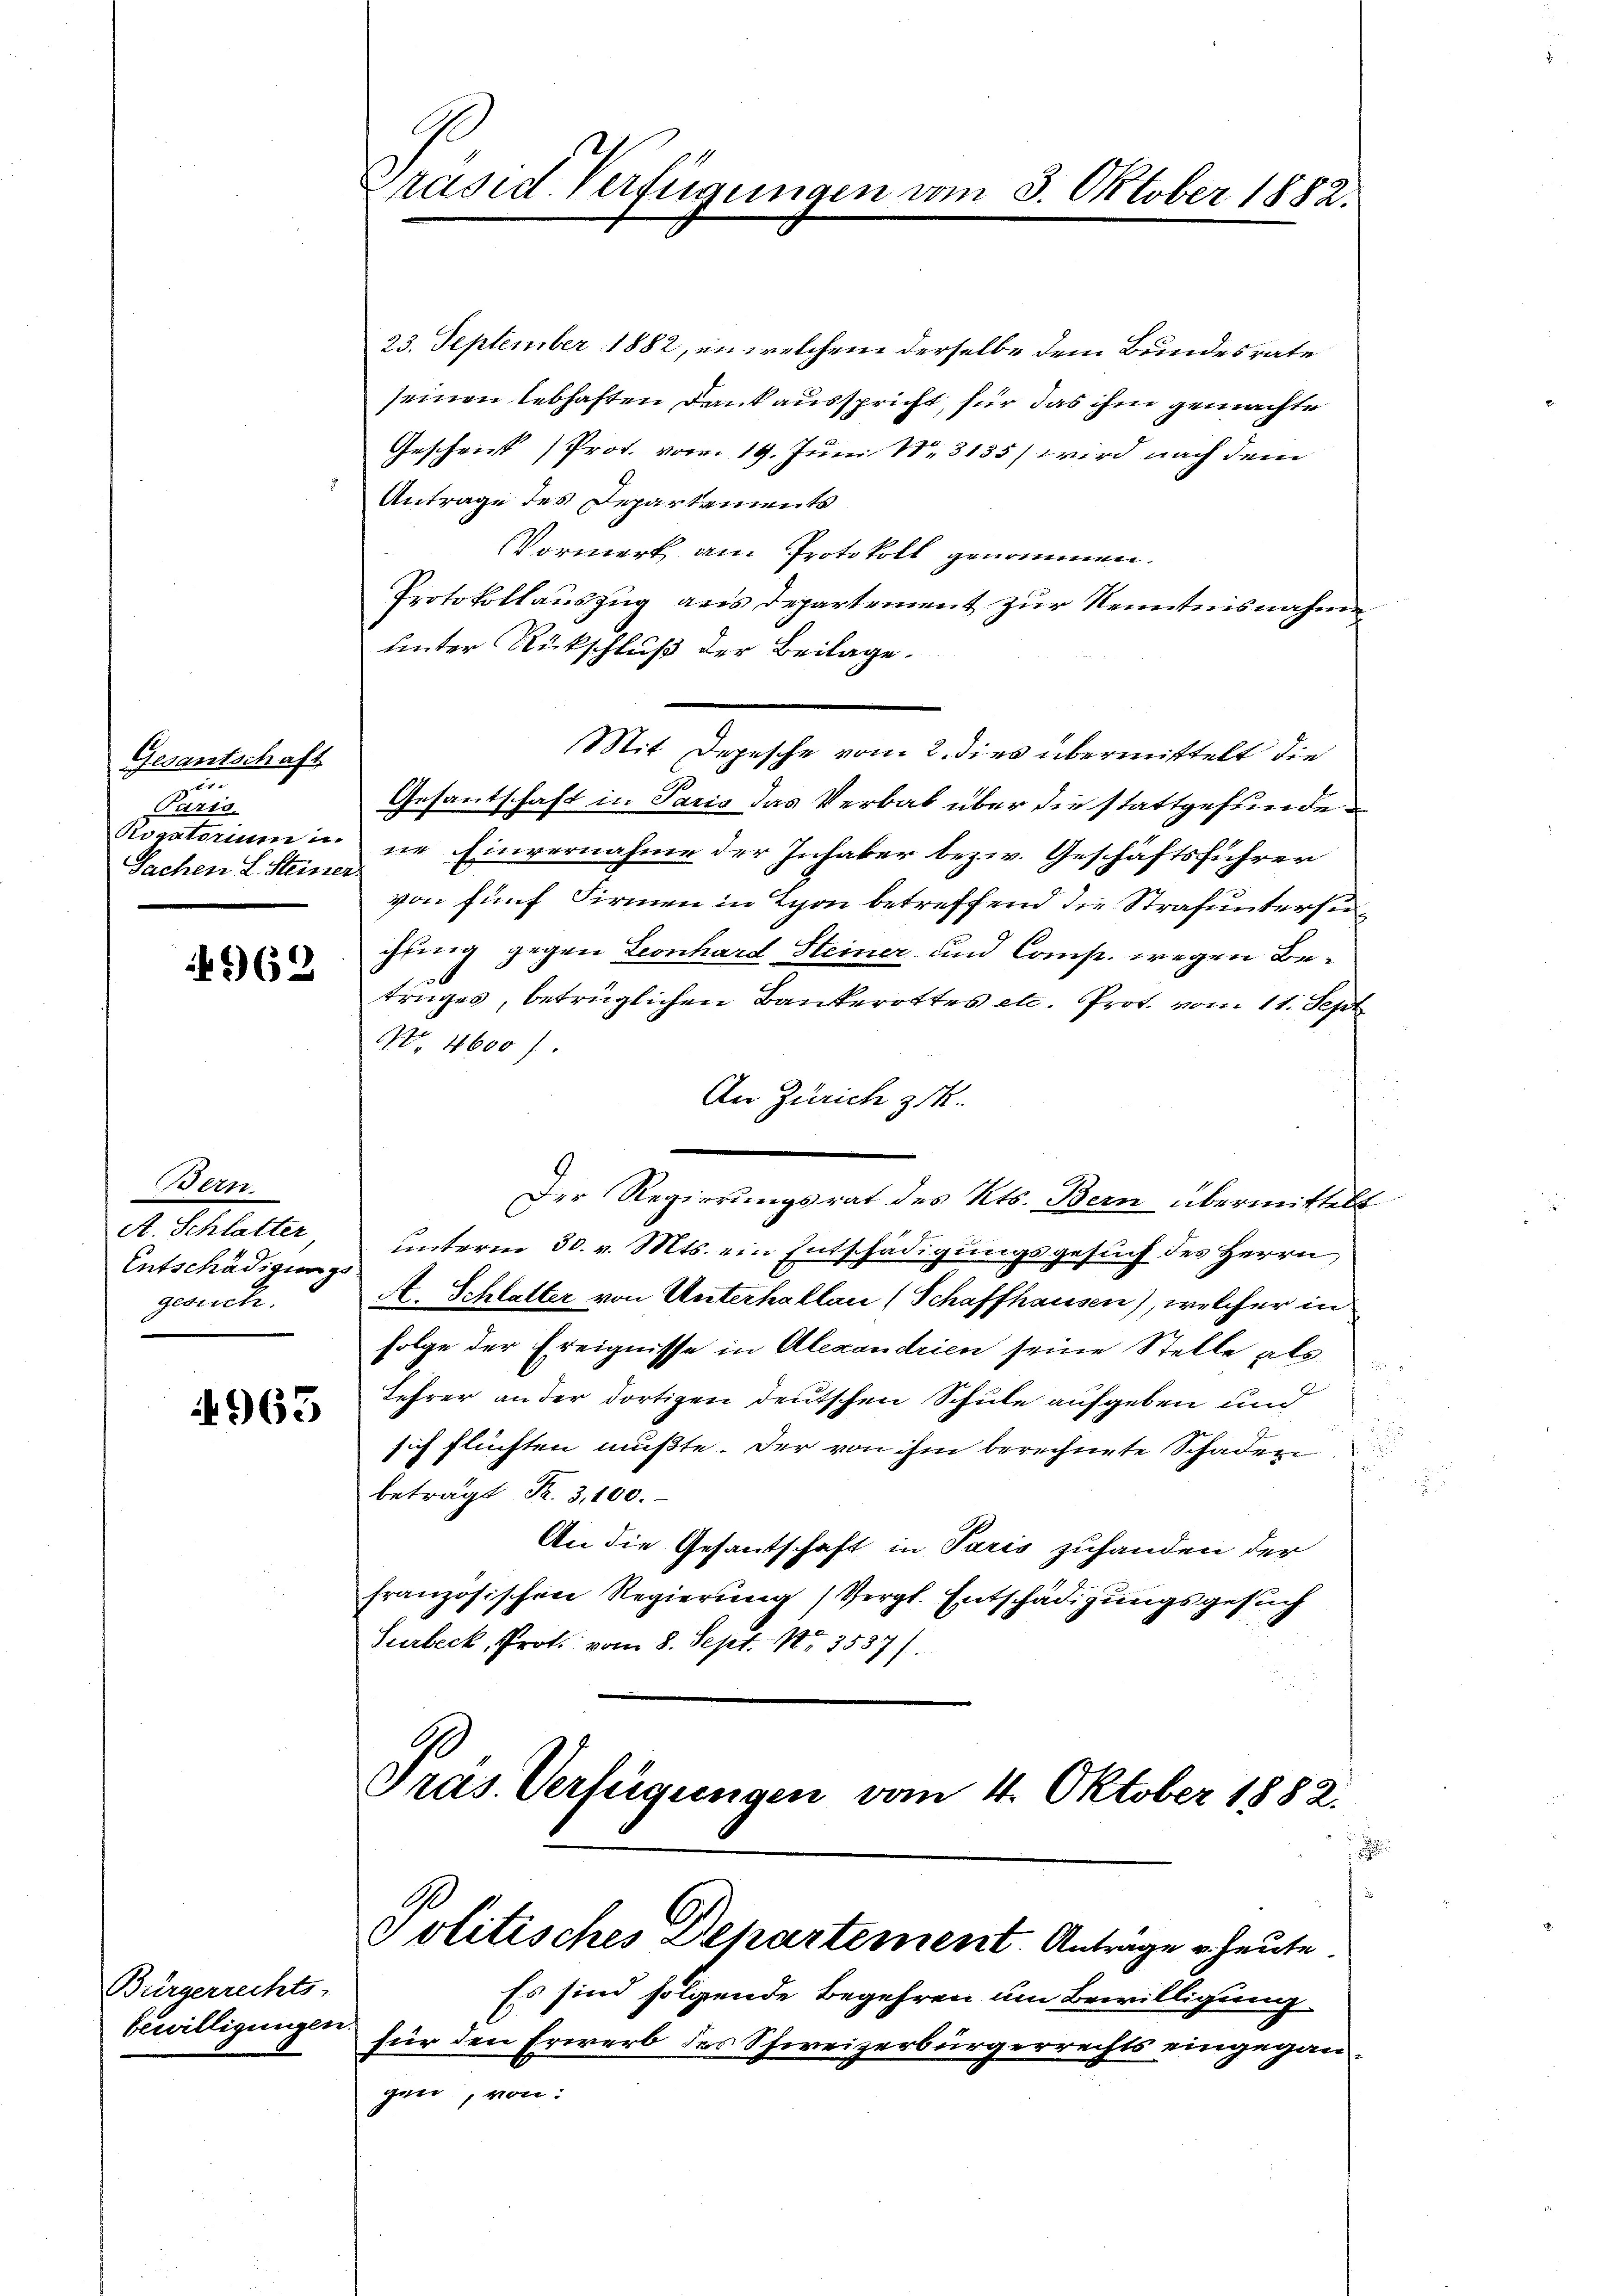
Gesantschaft
e
Paris,
Rogatorum u.
Sachen L. Steiner

962

Bern.
A. Schlatter
Entschädigungs
gesuch.

963

Bürgerrechts-
bewilligungen

räsid. Verfügungen vom 3. Oktober 1882.

23. September 1882, in welchem derselbe dem Bundesrate
seinen lebhaften Dank ausspricht, für das ihm gemachte
Geschen Prot. vom 19. Juni 183185) wird nach dem
Antrage des Departements
Vormerk am Protokoll genommen.
Protokollauszug aus Departement zur Kenntnisnahme
hinter Rückschluß der Beilage.
Mit Depesche vom 2. dies übermittelt die
Gesantschaft in Paris das Verbal über die stattgefundene Einvernahme der Inhaber bezw. Geschäftsführer
von fünf Firmen in Lyon betreffend die Strafuntersuchling gegen Leonhard Heiner und Comp. wegen Be¬
.
truges, betrüglichen Bankerottes etc. Prof. vom 11. Sept
Nr. 4600 f.
An Zürich zuk
Der Regierungsrat des Kts. Bern übermittelt
unterm 30. v. Mts. ein Entschädigungsgesuch des Herrn
A. Schlatter von Unterhallau (Schaffhausen), welcher in
folge der Ereignisse in Alexandrien seine Stelle als
Lehrer an der dortigen deutschen Schule aufgeben und
sich flüchten mußte. Der von ihm berechnete Schaden
beträgt Fr. 3,100.
An die Gesantschaft in Paris zuhanden der
französischen Regierung (Vergl. Entschädigungsgesuch
Surbeck, Prot. vom 8. Sept. Nr. 3587/
Pras. Verfügungen vom 4. Oktober 1882.
Politisches Departement Antrage heute.
Es sind folgende Begehren um Bewilligung
für den Erwerb des Schweizerbürgerrechts eingegangen, von: